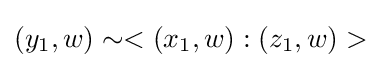
(y_{1},w)\sim <(x_{1},w):(z_{1},w)>